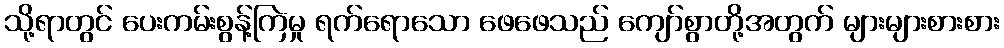
သို့ရာတွင် ပေးကမ်းစွန့်ကြဲမှု ရက်ရောသော ဖေဖေသည် ကျော်စွာတို့အတွက် များများစားစား